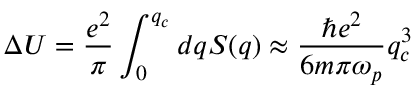
\Delta U = \frac { e ^ { 2 } } { \pi } \int _ { 0 } ^ { q _ { c } } d q S ( q ) \approx \frac { \hbar e ^ { 2 } } { 6 m \pi \omega _ { p } } q _ { c } ^ { 3 }